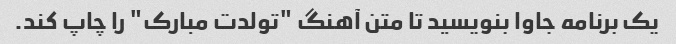
یک برنامه جاوا بنویسید تا متن آهنگ "تولدت مبارک" را چاپ کند.